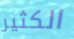
الكثير